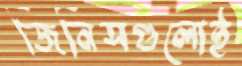
জিনিসগুলোই